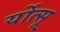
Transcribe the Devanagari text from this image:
र्योत्सू